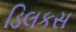
ડિલકસ